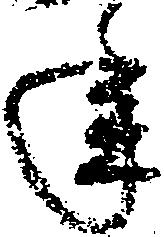
年